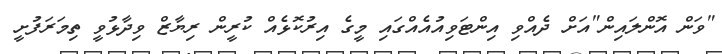
"ވަން އޮންލައިން"އަށް ދެއްވި އިންޓަވިއުއެއްގައި މީގެ އިރުކޮޅެއް ކުރީން ރިޔާޒް ވިދާޅުވީ ތިމަރަފުށީ